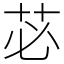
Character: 苾